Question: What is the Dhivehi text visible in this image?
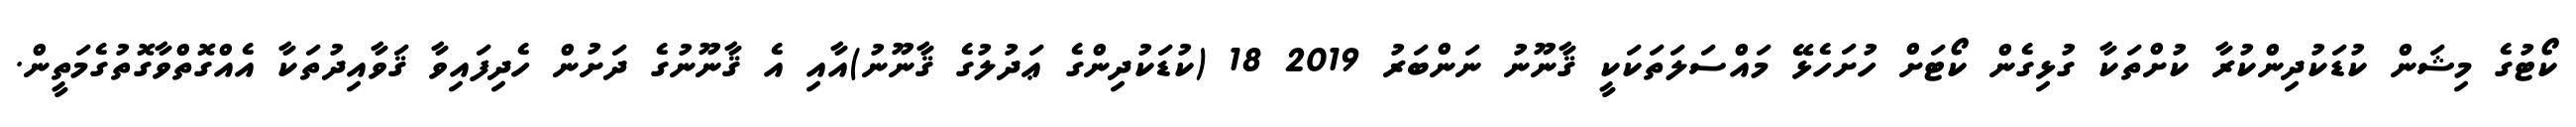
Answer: ކޯޓުގެ މިޝަން ކުޑަކުދިންކުރާ ކުށްތަކާ ގުޅިގެން ކޯޓަށް ހުށަހެޅޭ މައްސަލަތަކަކީ ޤާނޫނު ނަންބަރު 2019 18 (ކުޑަކުދިންގެ ޢަދުލުގެ ޤާނޫނު)އާއި އެ ޤާނޫނުގެ ދަށުން ހެދިފައިވާ ޤަވާއިދުތަކާ އެއްގޮތްވާގޮތުގެމަތީން.